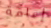
إعاقة